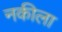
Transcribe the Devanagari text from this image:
नकीला